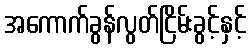
အကောက်ခွန်လွတ်ငြိမ်းခွင့်နှင့်